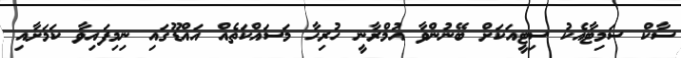
ސާކް ސަމިޓާއެކު ސިޓީއަކަށް ބޭނުންވާ އުމްރާނީ ހުރިހާ މަސައްކަތެއް އައްޑޫގައި ނިމިފައިވާ ކަމަށާއި